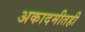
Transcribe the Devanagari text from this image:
अकादमीतही